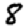
Digit: 8